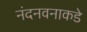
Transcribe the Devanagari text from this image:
नंदनवनाकडे